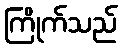
ကြိုက်သည်